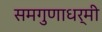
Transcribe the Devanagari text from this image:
समगुणाधर्मी